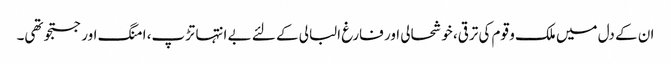
ان کے دل میں ملک و قوم کی ترقی، خوشحالی اور فارغ البالی کے لئے بے انتہا تڑپ، امنگ اور جستجو تھی۔